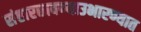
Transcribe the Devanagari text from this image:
संहारछावण्याउभारण्यात